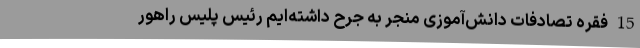
15 فقره تصادفات دانش‌آموزی منجر به جرح داشته‌ایم رئیس پلیس راهور